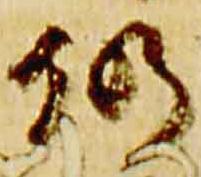
仍